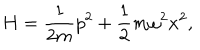
LaTeX: H = \frac { 1 } { 2 m } p ^ { 2 } + \frac { 1 } { 2 } m \omega ^ { 2 } x ^ { 2 } ,